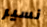
نسير